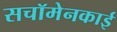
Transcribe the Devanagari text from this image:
सचॉमेनकाई